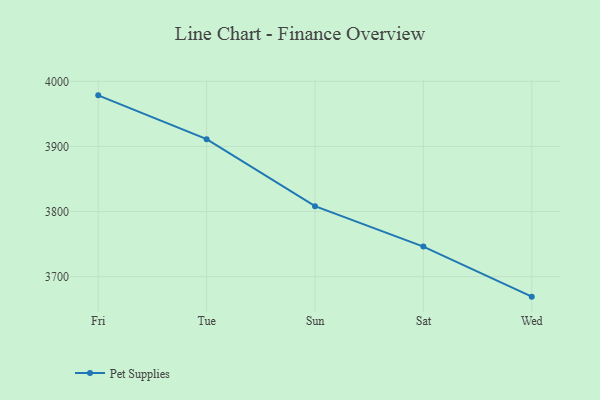
{"axis": {"x": "Day", "y": "Website Visitors"}, "legend": ["Pet Supplies"], "data": [{"x": "Fri", "y": 3978.5, "type": "Pet Supplies"}, {"x": "Tue", "y": 3911.2, "type": "Pet Supplies"}, {"x": "Sun", "y": 3808.2, "type": "Pet Supplies"}, {"x": "Sat", "y": 3746.2, "type": "Pet Supplies"}, {"x": "Wed", "y": 3669.3, "type": "Pet Supplies"}]}